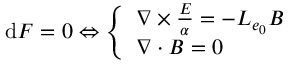
\mathrm { d } F = 0 \Leftrightarrow \left\{ \begin{array} { l l } { \boldsymbol { \nabla \times { } } \frac { \boldsymbol { E } } { \alpha } = - L _ { e _ { 0 } } \boldsymbol { B } } \\ { \boldsymbol { \nabla \cdot B } = 0 } \end{array} \right.